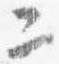
二